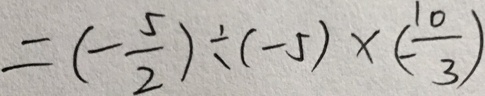
= ( - \frac { 5 } { 2 } ) \div ( - 5 ) \times ( - \frac { 1 0 } { 3 } )